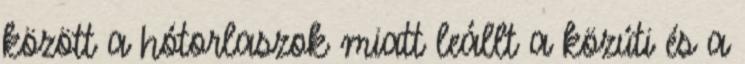
között a hótorlaszok miatt leállt a közúti és a